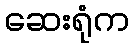
ဆေးရုံက